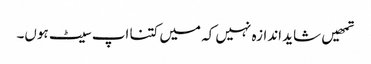
تمھیں شاید اندازہ نہیں کہ میں کتنا اپ سیٹ ہوں۔